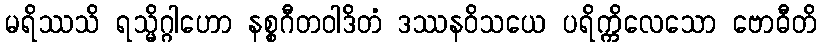
မရိဿသိ ရသ္မိဂ္ဂါဟော နစ္စဂီတဝါဒိတံ ဒဿနဝိသယေ ပရိက္ကိလေသော ဗောဓီတိ